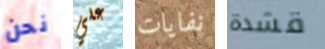
نحن علي نفايات قشدة